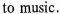
to music.